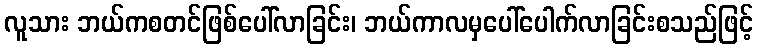
လူသား ဘယ်ကစတင်ဖြစ်ပေါ်လာခြင်း၊ ဘယ်ကာလမှပေါ်ပေါက်လာခြင်းစသည်ဖြင့်